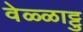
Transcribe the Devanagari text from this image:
वेळ्ळाट्टु